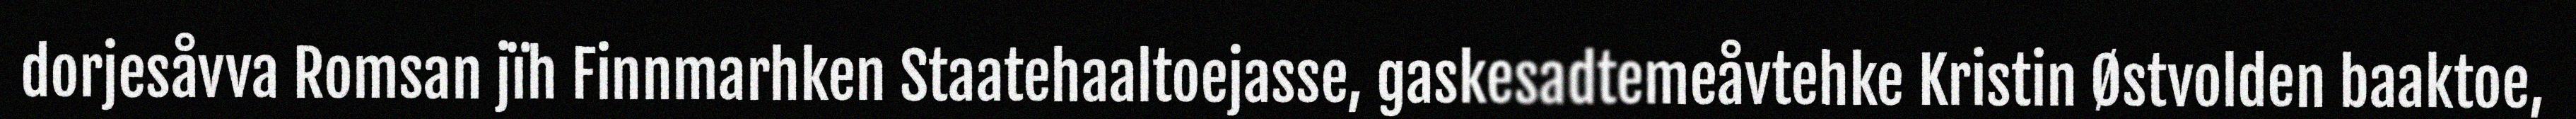
dorjesåvva Romsan jïh Finnmarhken Staatehaaltoejasse, gaskesadtemeåvtehke Kristin Østvolden baaktoe,